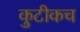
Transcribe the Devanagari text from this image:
कुटीकच